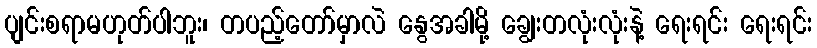
ပျင်းစရာမဟုတ်ပါဘူး၊ တပည့်တော်မှာလဲ နွေအခါမို့ ချွေးတလုံးလုံးနဲ့ ရေးရင်း ရေးရင်း